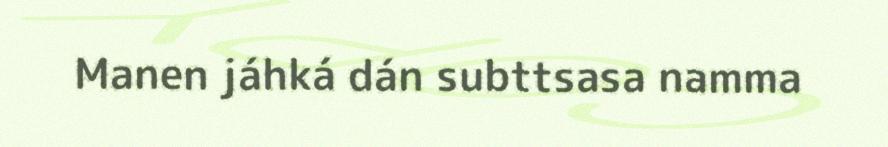
Manen jáhká dán subttsasa namma